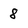
Character: 8